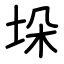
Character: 垛